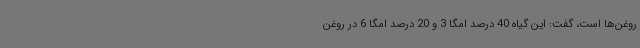
روغن‌ها است، گفت: این گیاه 40 درصد امگا 3 و 20 درصد امگا 6 در روغن